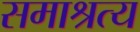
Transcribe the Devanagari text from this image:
समाश्रत्य